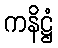
ကနိဋ္ဌံ